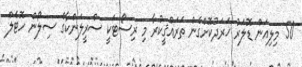
50 މިލިއަން ޑޮލަރު ޚަރަދުކޮށްގެން ތަރައްޤީކުރާ މި ރިސޯޓަކީ ސްރީލަންކާގެ ސިލޯން ހޮޓެލް